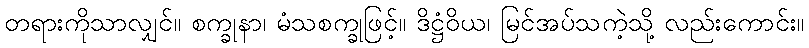
တရားကိုသာလျှင်။ စက္ခုနာ၊ မံသစက္ခုဖြင့်။ ဒိဋ္ဌံဝိယ၊ မြင်အပ်သကဲ့သို့ လည်းကောင်း။